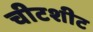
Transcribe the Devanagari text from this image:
चीटशीट